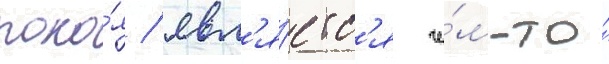
поко́я / явл'я́етс'я че́м-то́